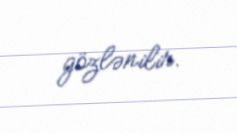
gözlənilir.